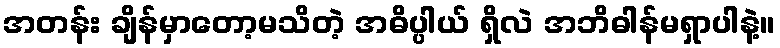
အတန်း ချိန်မှာတော့မသိတဲ့ အဓိပ္ပါယ် ရှိလဲ အဘိဓါန်မရှာပါနဲ့။